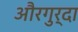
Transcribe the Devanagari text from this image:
औरगुर्दा